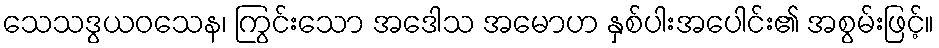
သေသဒွယဝသေန၊ ကြွင်းသော အဒေါသ အမောဟ နှစ်ပါးအပေါင်း၏ အစွမ်းဖြင့်။